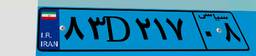
۸۳D۲۱۷۰۸